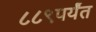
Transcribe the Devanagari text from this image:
८८९पर्यंत